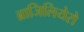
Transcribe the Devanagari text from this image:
ब्राजिलियेरो